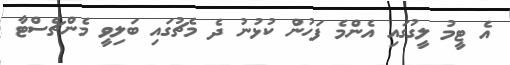
އެ ޓީމު ލީގުގައި އެންމެ ފަހުން ކުޅުނު ދެ މެޗުގައި ބަލިވީ މެންޗެސްޓާ